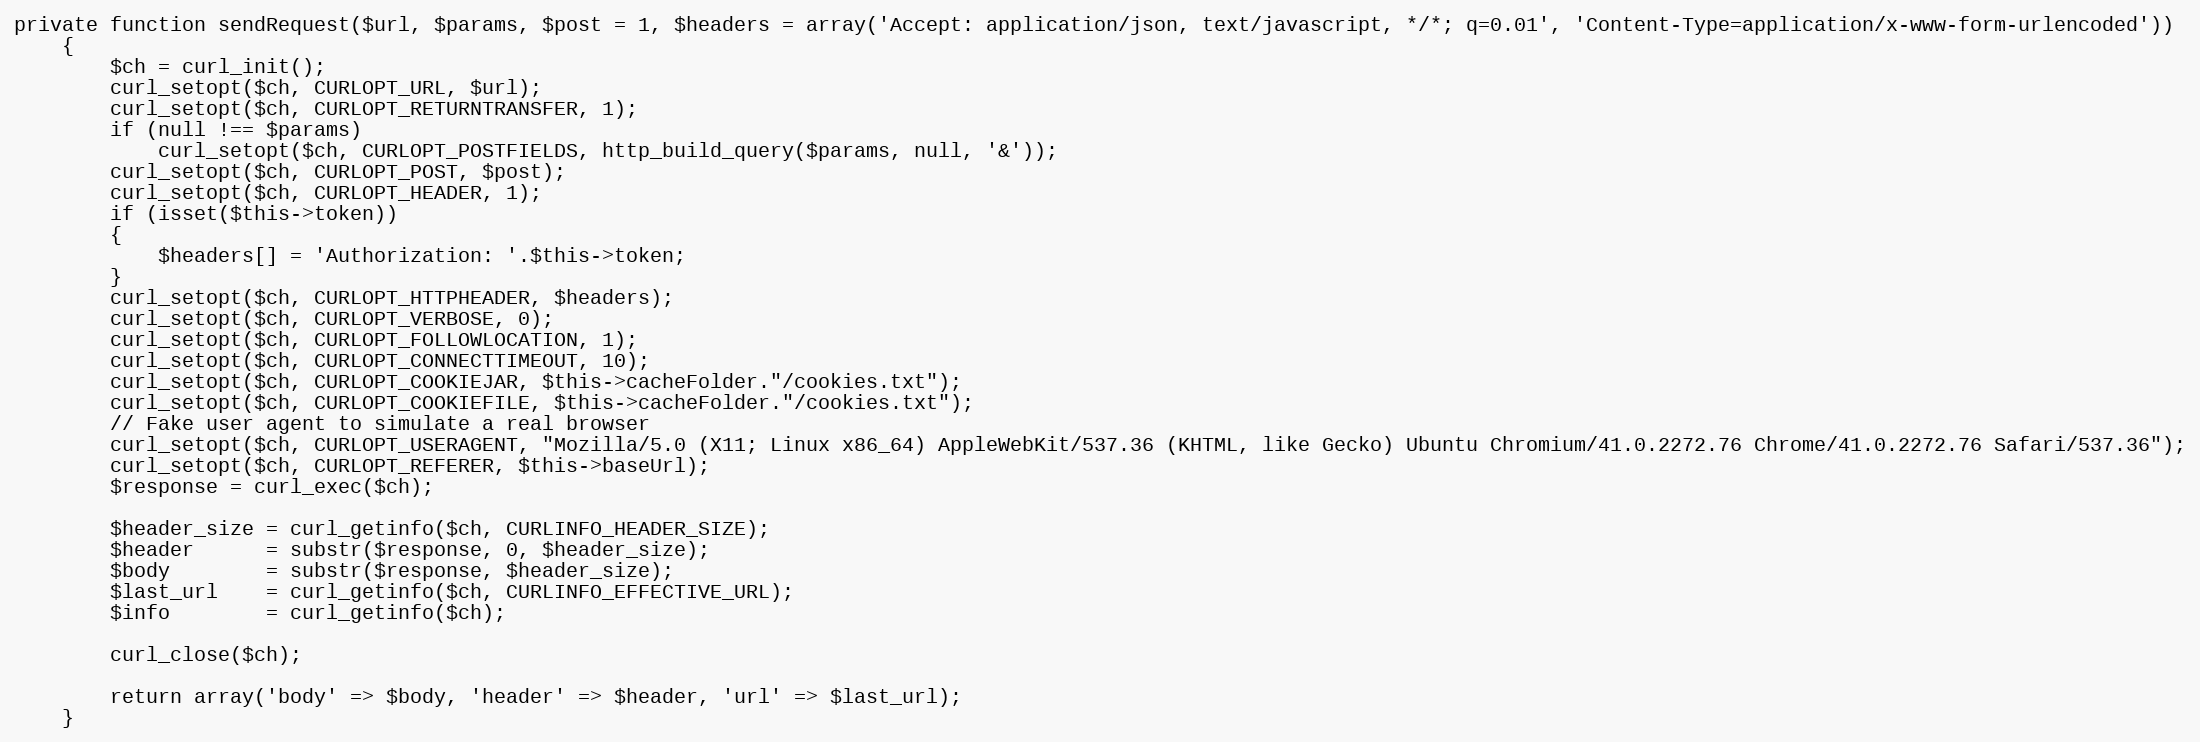
Language: PHP
private function sendRequest($url, $params, $post = 1, $headers = array('Accept: application/json, text/javascript, */*; q=0.01', 'Content-Type=application/x-www-form-urlencoded'))
	{
		$ch = curl_init();
		curl_setopt($ch, CURLOPT_URL, $url);
		curl_setopt($ch, CURLOPT_RETURNTRANSFER, 1);
		if (null !== $params)
			curl_setopt($ch, CURLOPT_POSTFIELDS, http_build_query($params, null, '&'));
		curl_setopt($ch, CURLOPT_POST, $post);
		curl_setopt($ch, CURLOPT_HEADER, 1);
		if (isset($this->token))
		{
			$headers[] = 'Authorization: '.$this->token;
		}
		curl_setopt($ch, CURLOPT_HTTPHEADER, $headers);
		curl_setopt($ch, CURLOPT_VERBOSE, 0);
		curl_setopt($ch, CURLOPT_FOLLOWLOCATION, 1);
		curl_setopt($ch, CURLOPT_CONNECTTIMEOUT, 10);
		curl_setopt($ch, CURLOPT_COOKIEJAR, $this->cacheFolder."/cookies.txt");
		curl_setopt($ch, CURLOPT_COOKIEFILE, $this->cacheFolder."/cookies.txt");
		// Fake user agent to simulate a real browser
		curl_setopt($ch, CURLOPT_USERAGENT, "Mozilla/5.0 (X11; Linux x86_64) AppleWebKit/537.36 (KHTML, like Gecko) Ubuntu Chromium/41.0.2272.76 Chrome/41.0.2272.76 Safari/537.36");
		curl_setopt($ch, CURLOPT_REFERER, $this->baseUrl);
		$response = curl_exec($ch);

		$header_size = curl_getinfo($ch, CURLINFO_HEADER_SIZE);
		$header      = substr($response, 0, $header_size);
		$body        = substr($response, $header_size);
		$last_url    = curl_getinfo($ch, CURLINFO_EFFECTIVE_URL);
		$info        = curl_getinfo($ch);

		curl_close($ch);

		return array('body' => $body, 'header' => $header, 'url' => $last_url);
	}